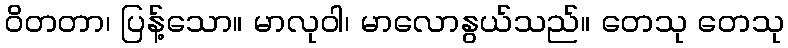
ဝိတတာ၊ ပြန့်သော။ မာလုဝါ၊ မာလောနွယ်သည်။ တေသု တေသု